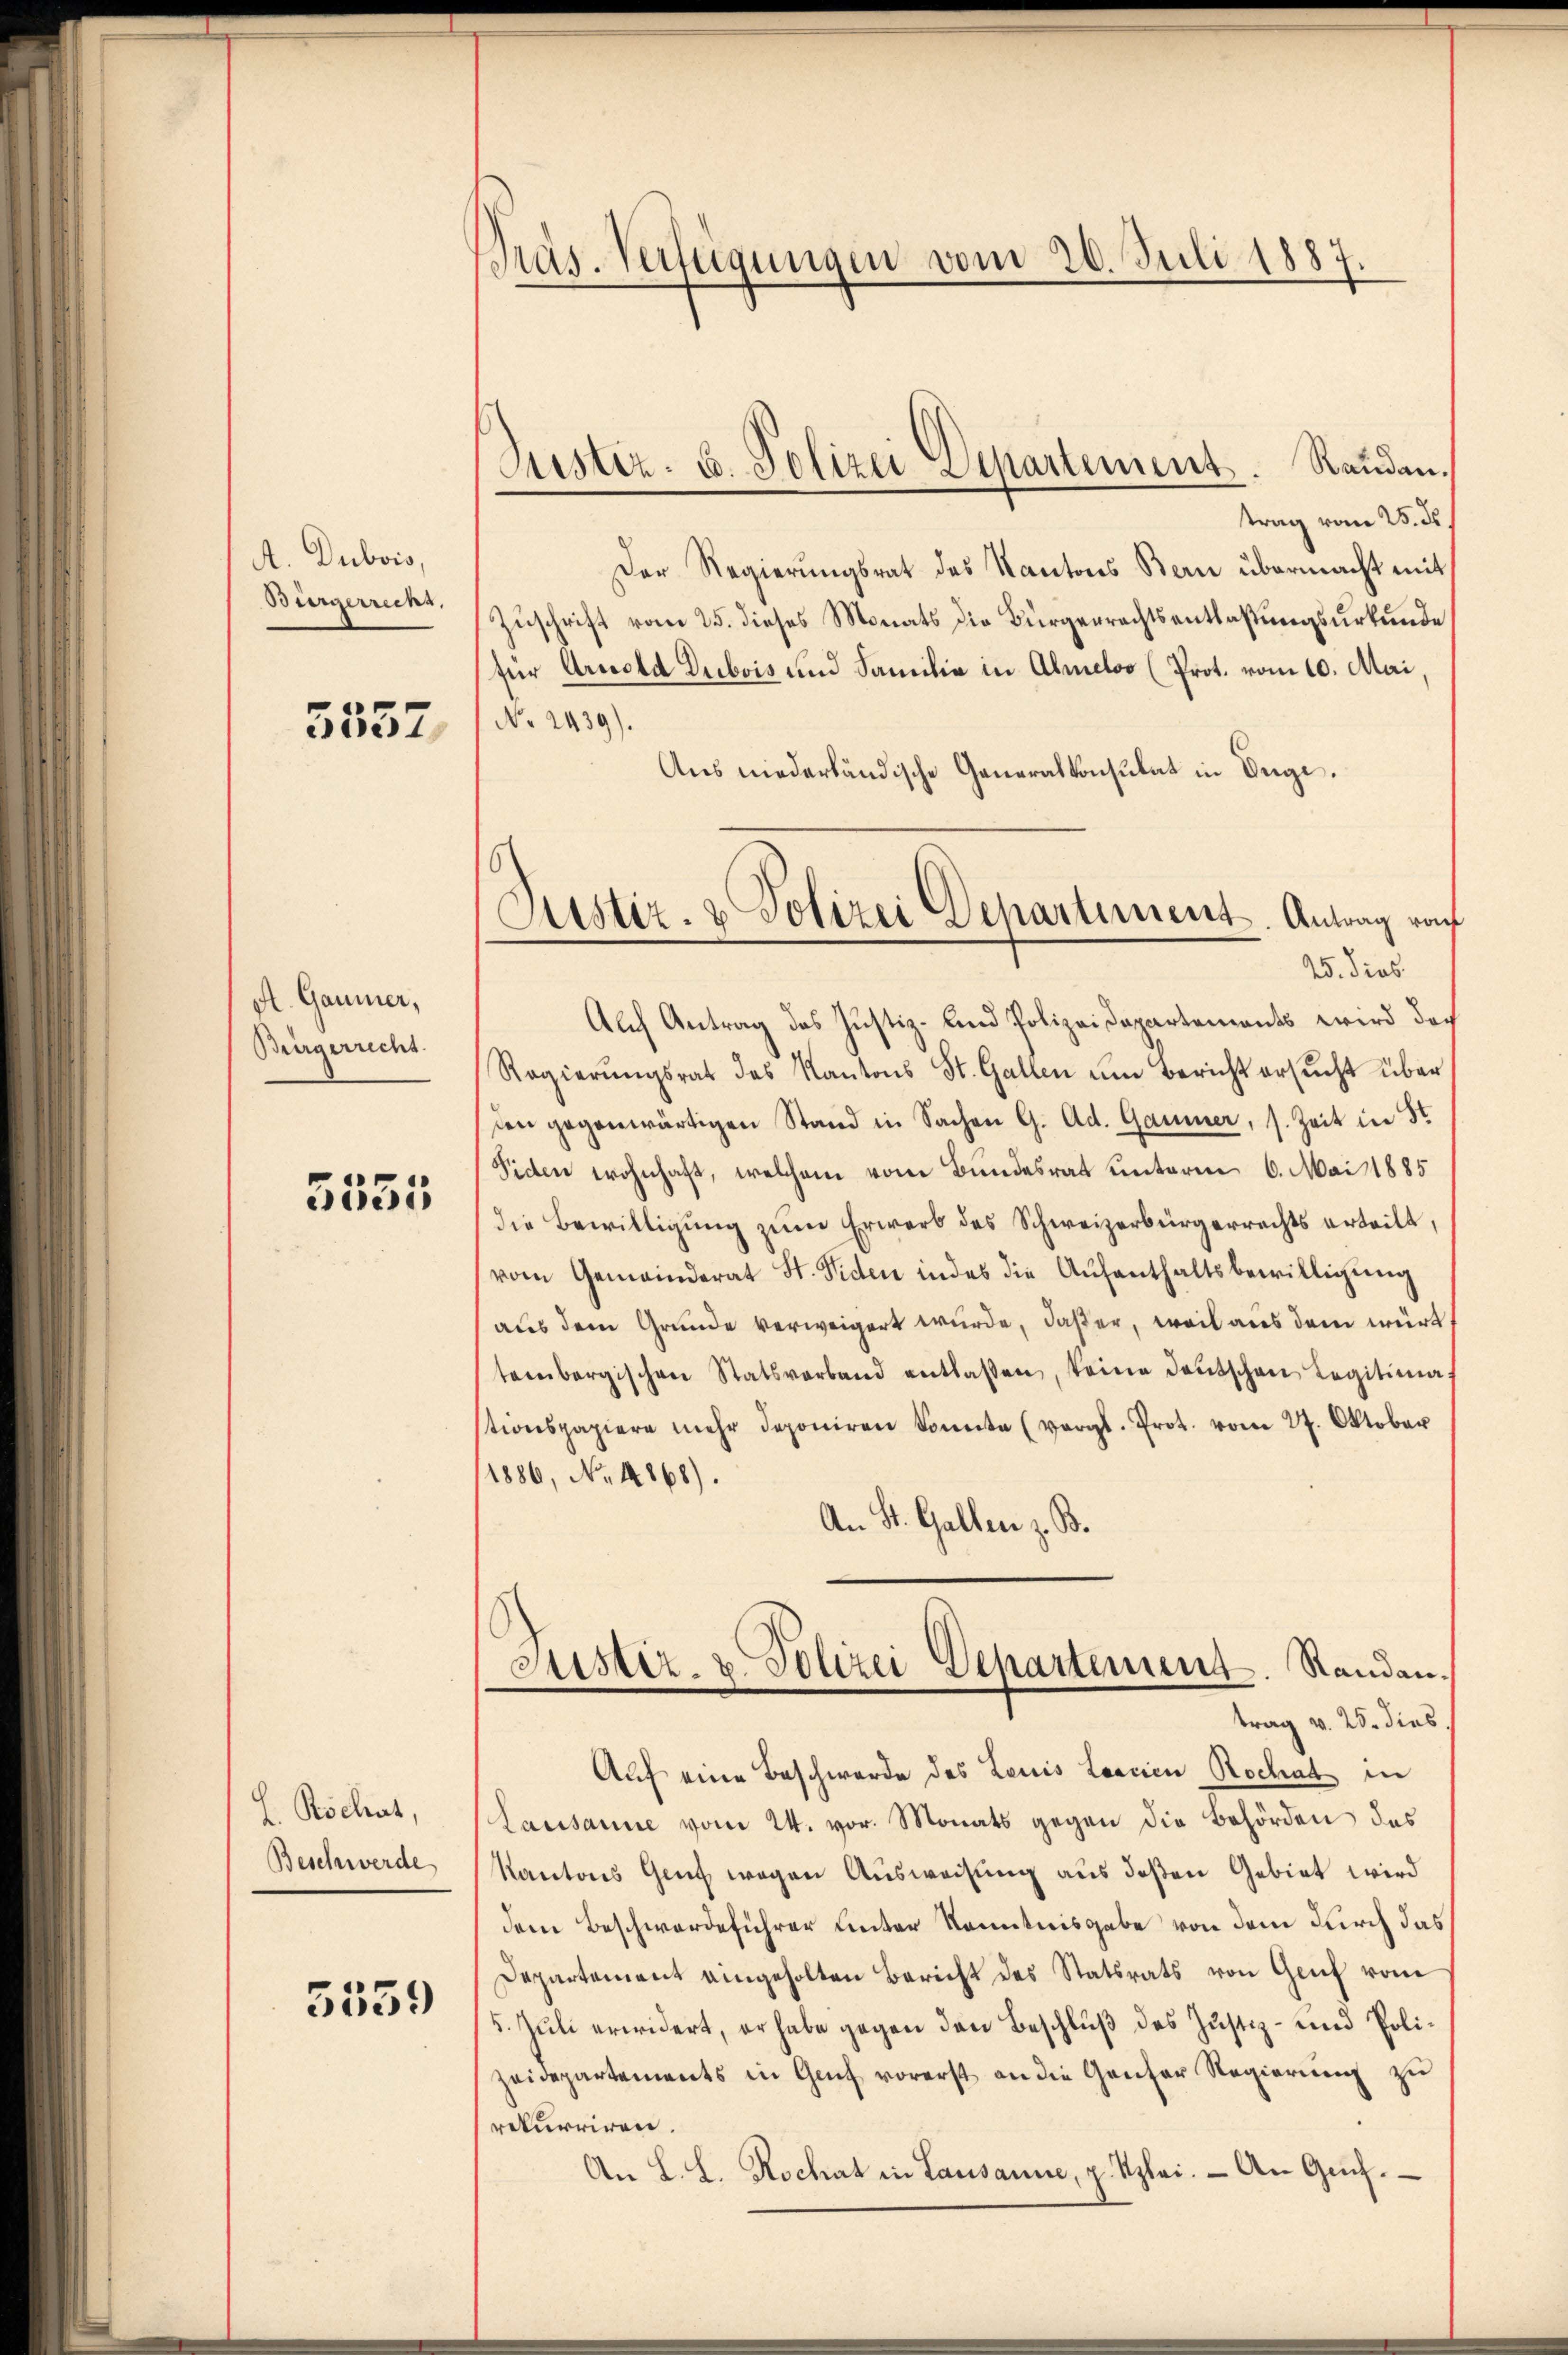
A. Dubois,
Bürgerrecht.
5357,

A. Gaumer,
Bürgerrecht

3555

L. Rschat,
Beschwerde

5559

Präs. Verfügungen vom 26. Juli 1887

trag vom 25. ds.
Der Regierungsrat des Kantons Bern übermacht mit
Zuschrift vom 25. dieses Monats die Bürgerrechtsentlaßungsurkunde
für Arnold Dubois und Familie in Almeloo (Prot. vom 10. Mai,
No. 2439).
Aus niederländische Generalkonsulat in Enge.
Alch Antrag des Justiz- und Polizeidepartements wird doch
Regierŭngsrat des Kantons St. Gallen um Bericht ersŭcht über
den gegenwärtigen Stand in Sachen G. Ad. Gaumer, s. Zeit in St
Fiden wohnhaft, welchem vom Bundesrat unterm 6. Mai 1885
die Bewilligung zŭm Erwarb des Schweizerbürgerrechts erteilt,
vom Gemeinderat St. Viden indes die Aŭfenthaltsbewilligŭng
aus dem Grunde verweigert wurde, daß er, weil aus dem würt
tembergischen Statsverband entlassen, keine Deutschen Legitienas
tionspapiere mehr deponiren Sonnte (vergl. Prot. vom 27. Oktober
1886, No. 4868).
An St. Gallen z. B.
Justiz- & Polizei Departement. Randantrag v. 25. dies
Auf eine Beschwerde des Louis Loacien Rochat in
Lausanne vom 24. vor. Monats gegen die Behörden das
Kantons Genf wegen Ausweisung aus deßen Gebiet wird
dem Beschwerdeführer unter Kenntnisgabe von dem durch das
Departement eingeholten Bericht des Statsrats von Genf vom
5. Juli erwidert, er habe gegen den Beschluß des Justiz- und Polizeidepartements in Genf vorerst an die Ganter Regierung zu
rekurriren.
An L. L. Rochat in Lausanne, z. Szlei. - An Gef

Justiz- u. Polizei Departement. Randan¬

Justiz- & Polizei Departement. Antrag von
25. dies